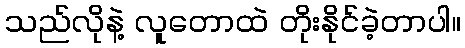
သည်လိုနဲ့ လူတောထဲ တိုးနိုင်ခဲ့တာပါ။